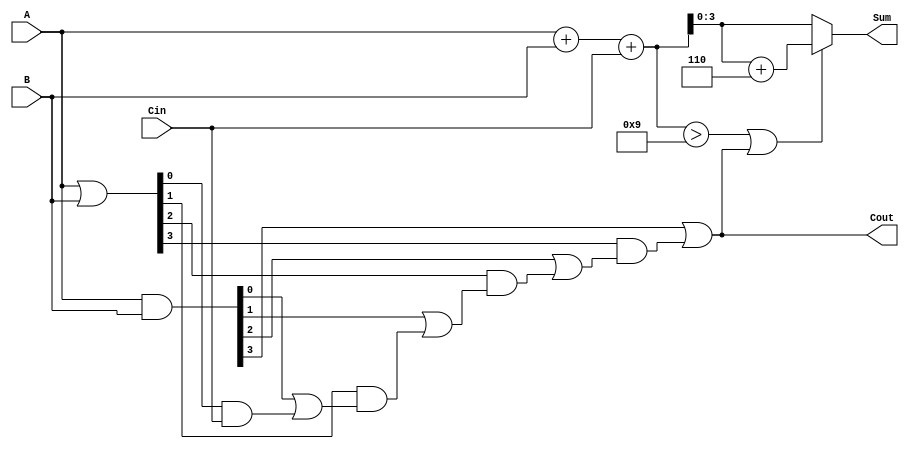
module BCD_Carry_Lookahead_Adder (
    input [3:0] A,      // First BCD digit
    input [3:0] B,      // Second BCD digit
    input Cin,          // Carry input
    output [3:0] Sum,   // BCD sum output
    output Cout         // Carry output
);

    wire [4:0] Sum_temp; // Temporary sum to hold the binary addition result
    wire [3:0] G;        // Generate signals
    wire [3:0] P;        // Propagate signals
    wire C1, C2, C3;     // Intermediate carry signals

    // Step 1: Calculate initial binary sum
    assign Sum_temp = A + B + Cin;

    // Step 2: Generate and propagate signals
    assign G = A & B;          // Generate signals
    assign P = A | B;          // Propagate signals

    // Step 3: Carry lookahead logic
    assign C1 = G[0] | (P[0] & Cin);
    assign C2 = G[1] | (P[1] & C1);
    assign C3 = G[2] | (P[2] & C2);
    assign Cout = G[3] | (P[3] & C3); // Final carry out

    // Step 4: BCD correction logic
    wire [4:0] corrected_sum;
    assign corrected_sum = (Sum_temp > 9 || Cout) ? (Sum_temp + 5'd6) : Sum_temp;

    // Step 5: Assign final sum output
    assign Sum = corrected_sum[3:0]; // Take the lower 4 bits as the BCD sum

endmodule